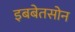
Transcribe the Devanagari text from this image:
इबबेतसोन